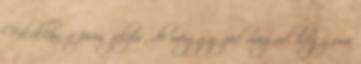
Felvillan a piros jelzés, de meggyőzöd magad, hogy ura